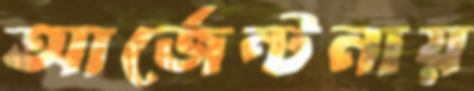
আর্জেন্টনায়